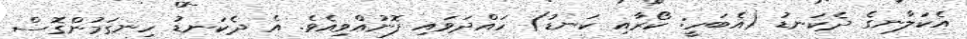
އެކަލާނގެ ދެކަނޑު (އެބަހީ: ކޯރާއި ކަނޑު) ހައްދަވައި ފޮނުއްވިއެވެ. އެ ދެކަނޑު ހިނގަމުންގޮސް